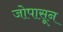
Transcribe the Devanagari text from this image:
जोपासून